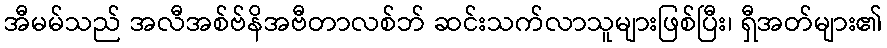
အီမမ်သည် အလီအစ်ဗ်နိအဗီတာလစ်ဘ် ဆင်းသက်လာသူများဖြစ်ပြီး၊ ရှီအတ်များ၏